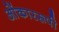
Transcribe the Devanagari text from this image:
ओंकाररूपी